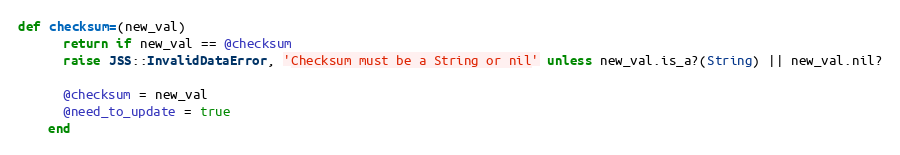
Language: Ruby
def checksum=(new_val)
      return if new_val == @checksum
      raise JSS::InvalidDataError, 'Checksum must be a String or nil' unless new_val.is_a?(String) || new_val.nil?

      @checksum = new_val
      @need_to_update = true
    end